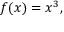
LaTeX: f ( x ) = x ^ { 3 } ,